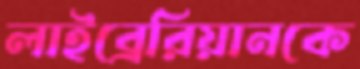
লাইব্রেরিয়ানকে